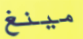
مينغ